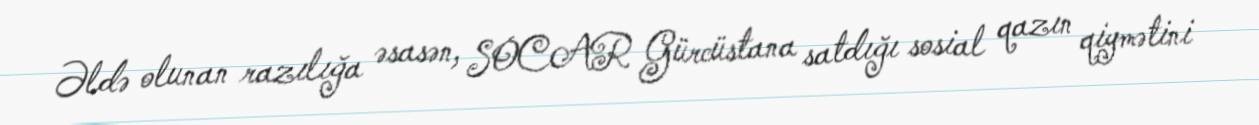
Əldə olunan razılığa əsasən, SOCAR Gürcüstana satdığı sosial qazın qiymətini